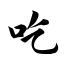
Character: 吃